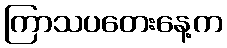
ကြာသပတေးနေ့က